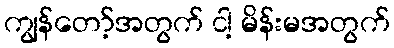
ကျွန်တော့်အတွက် ငါ့ မိန်းမအတွက်